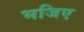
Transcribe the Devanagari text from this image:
भजिए